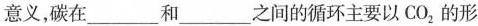
意义，碳在___和___之间的循环主要以CO_{2}的形